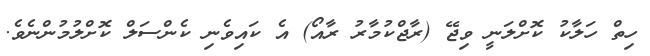
ހިތް ހަލާކު ކޮށްލަނީ ވިޖޭ (ރާޖްކުމާރު ރާއޯ) އެ ކައިވެނި ކެންސަލް ކޮށްލުމުންނެވެ.